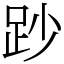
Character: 䟞